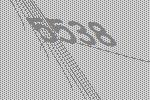
5538